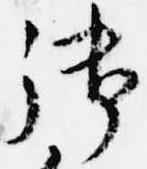
御